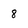
Character: 8